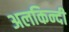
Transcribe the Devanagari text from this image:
अलकिन्दी